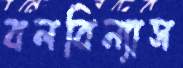
বলবিন্যাস